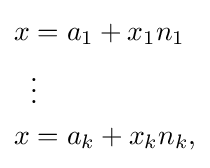
{\begin{aligned}x&=a_{1}+x_{1}n_{1}\\&\vdots \\x&=a_{k}+x_{k}n_{k},\end{aligned}}